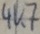
Text: 4K7